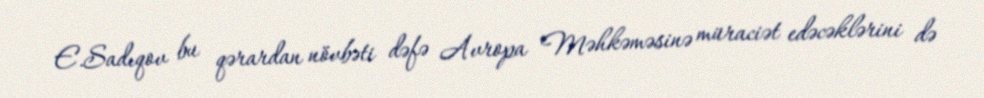
E.Sadıqov bu qərardan növbəti dəfə Avropa Məhkəməsinə müraciət edəcəklərini də